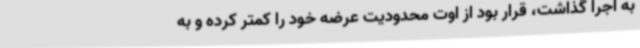
به اجرا گذاشت، قرار بود از اوت محدودیت عرضه خود را کمتر کرده و به